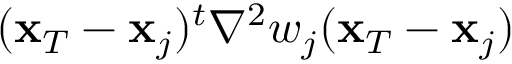
( { \bf x } _ { T } - { \bf x } _ { j } ) ^ { t } { \nabla } ^ { 2 } w _ { j } ( { \bf x } _ { T } - { \bf x } _ { j } )